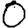
Digit: 0